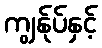
ကျွန်ုပ်နှင့်